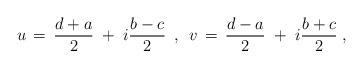
LaTeX: \begin{align*}u \,=\, \frac{d+a}{2}\;+\; i\frac{b-c}{2} \hspace{.2cm},\hspace{.2cm}v \,=\, \frac{d-a}{2}\;+\; i\frac{b+c}{2} \; ,\end{align*}